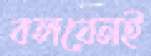
বলবেনই